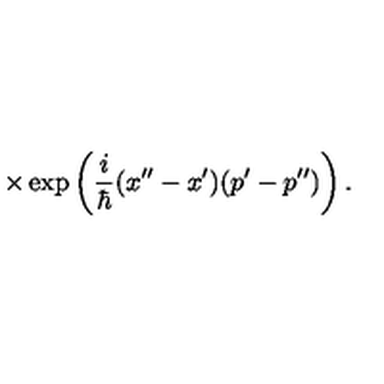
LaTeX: \times \exp \left( { \frac { i } { \hbar } } ( x ^ { \prime \prime } - x ^ { \prime } ) ( p ^ { \prime } - p ^ { \prime \prime } ) \right) .